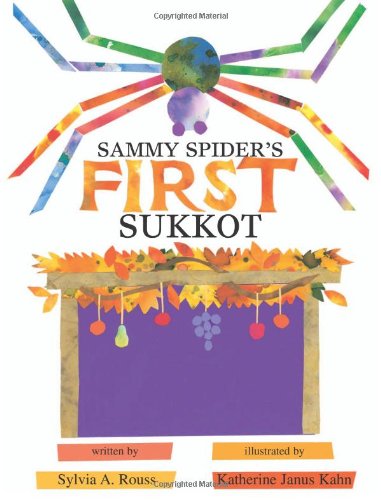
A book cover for Sammy Spider's First Sukkot (Sukkot & Simchat Torah); Sylvia Rouss; Children's Books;